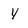
Character: Y